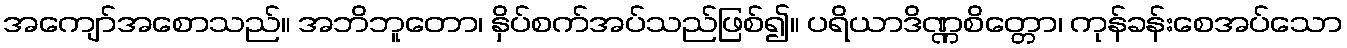
အကျော်အစောသည်။ အဘိဘူတော၊ နှိပ်စက်အပ်သည်ဖြစ်၍။ ပရိယာဒိဏ္ဏစိတ္တော၊ ကုန်ခန်းစေအပ်သော